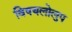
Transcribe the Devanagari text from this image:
विषयलोलुप